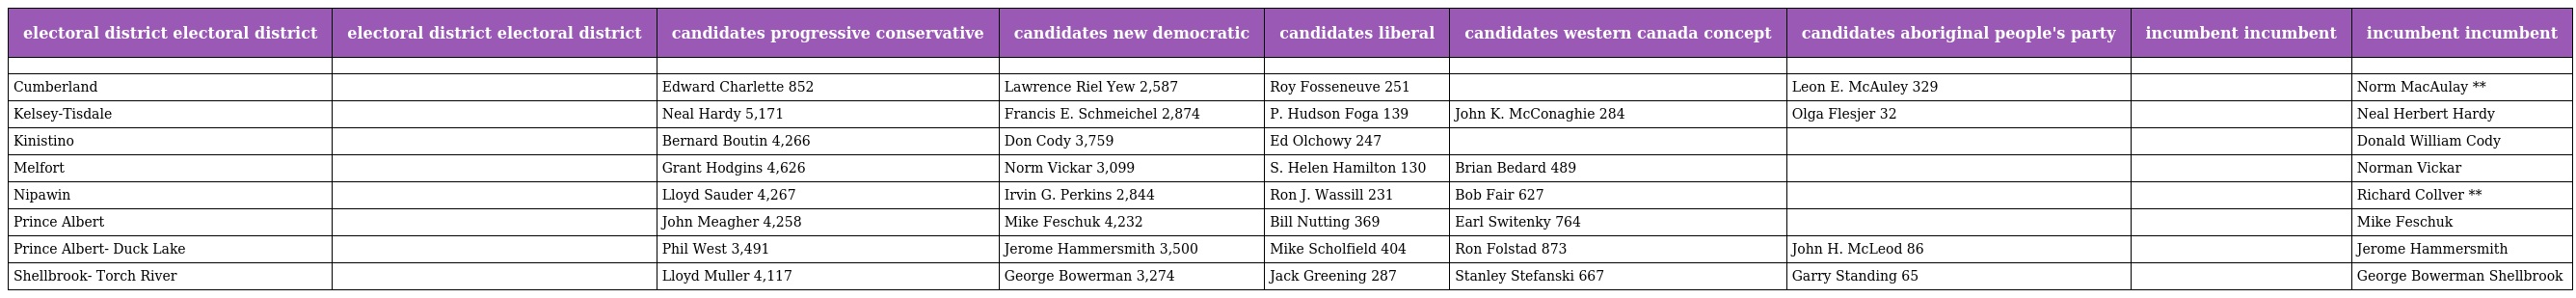
| electoral district electoral district | electoral district electoral district | candidates progressive conservative | candidates new democratic | candidates liberal | candidates western canada concept | candidates aboriginal people's party | incumbent incumbent | incumbent incumbent |
 | --- | --- | --- | --- | --- | --- | --- | --- | --- |
 |  |  |  |  |  |  |  |  |  |
 | Cumberland |  | Edward Charlette 852 | Lawrence Riel Yew 2,587 | Roy Fosseneuve 251 |  | Leon E. McAuley 329 |  | Norm MacAulay ** |
 | Kelsey-Tisdale |  | Neal Hardy 5,171 | Francis E. Schmeichel 2,874 | P. Hudson Foga 139 | John K. McConaghie 284 | Olga Flesjer 32 |  | Neal Herbert Hardy |
 | Kinistino |  | Bernard Boutin 4,266 | Don Cody 3,759 | Ed Olchowy 247 |  |  |  | Donald William Cody |
 | Melfort |  | Grant Hodgins 4,626 | Norm Vickar 3,099 | S. Helen Hamilton 130 | Brian Bedard 489 |  |  | Norman Vickar |
 | Nipawin |  | Lloyd Sauder 4,267 | Irvin G. Perkins 2,844 | Ron J. Wassill 231 | Bob Fair 627 |  |  | Richard Collver ** |
 | Prince Albert |  | John Meagher 4,258 | Mike Feschuk 4,232 | Bill Nutting 369 | Earl Switenky 764 |  |  | Mike Feschuk |
 | Prince Albert- Duck Lake |  | Phil West 3,491 | Jerome Hammersmith 3,500 | Mike Scholfield 404 | Ron Folstad 873 | John H. McLeod 86 |  | Jerome Hammersmith |
 | Shellbrook- Torch River |  | Lloyd Muller 4,117 | George Bowerman 3,274 | Jack Greening 287 | Stanley Stefanski 667 | Garry Standing 65 |  | George Bowerman Shellbrook |